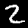
Label: 2